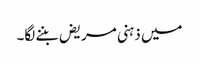
میں ذہنی مریض بننے لگا۔